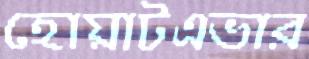
হোয়াটএভার